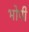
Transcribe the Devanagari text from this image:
भोपी